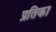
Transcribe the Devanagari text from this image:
प्रतिका